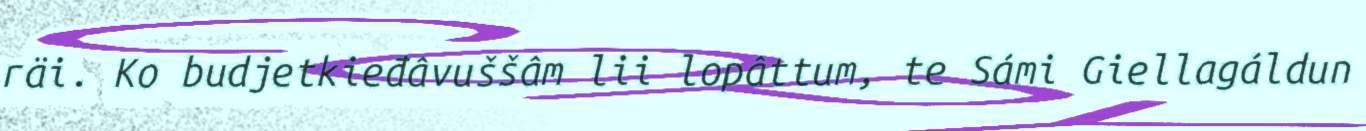
räi. Ko budjetkieđâvuššâm lii lopâttum, te Sámi Giellagáldun